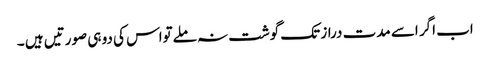
اب اگر اسے مدت دراز تک گوشت نہ ملےتواس کی دو ہی صورتیں ہیں ۔